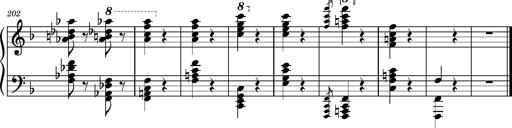
Title: Ungarischer Romanzero
Composer: Franz Liszt